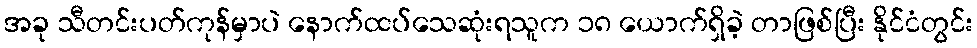
အခု သီတင်းပတ်ကုန်မှာပဲ နောက်ထပ်သေဆုံးရသူက ၁၈ ယောက်ရှိခဲ့ တာဖြစ်ပြီး နိုင်ငံတွင်း